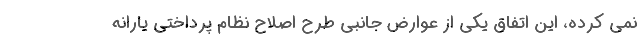
نمی کرده، این اتفاق یکی از عوارض جانبی طرح اصلاح نظام پرداختی یارانه